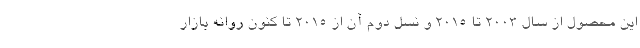
این محصول از سال 2003 تا 2015 و نسل دوم آن از 2015 تا کنون روانه بازار